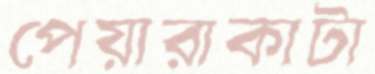
পেয়ারাকাটা